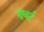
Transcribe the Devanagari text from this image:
शूबर्ट